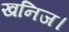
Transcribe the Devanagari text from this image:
खनिज।